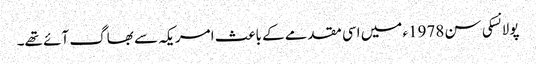
پولانسکی سن 1978ء میں اسی مقدمے کے باعث امریکہ سے بھاگ آئے تھے۔